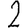
Digit: 2